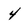
Character: 4